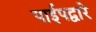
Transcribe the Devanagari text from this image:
पाईपद्वारे